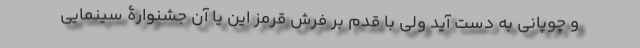
و چوپانی به دست آید ولی با قدم بر فرش قرمز این یا آن جشنوارۀ سینمایی